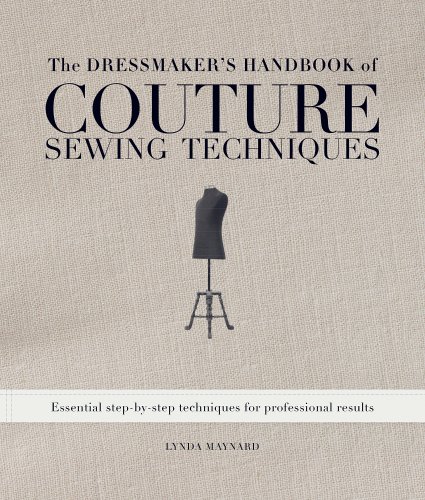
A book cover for The Dressmaker's Handbook of Couture Sewing Techniques: Essential Step-by-Step Techniques for Professional Results; Lynda Maynard; Crafts, Hobbies & Home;